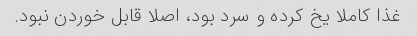
غذا کاملا یخ کرده و سرد بود، اصلا قابل خوردن نبود.